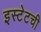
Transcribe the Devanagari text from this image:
इस्टेटची